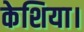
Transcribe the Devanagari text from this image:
केशिया।